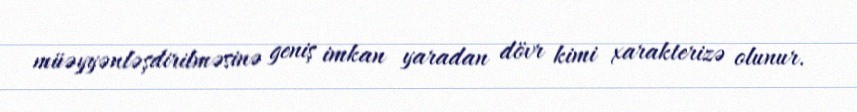
müəyyənləşdirilməsinə geniş imkan yaradan dövr kimi xarakterizə olunur.